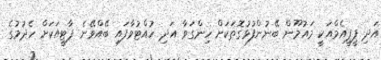
އަދި ޕީޕީއެމްއަކީ މައުމޫން ބޭނުންފުޅުގޮތަކަށް ހިންގަވާ އަދި ހުއްޓުވާފައި ބޭއްވޭނެ ޕާޓީއަކަށް ހެދުމުގެ